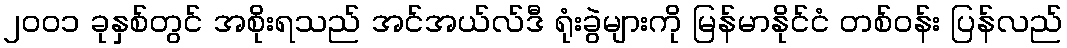
၂၀၀၁ ခုနှစ်တွင် အစိုးရသည် အင်အယ်လ်ဒီ ရုံးခွဲများကို မြန်မာနိုင်ငံ တစ်ဝန်း ပြန်လည်